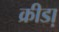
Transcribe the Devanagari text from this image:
क्रीडा़